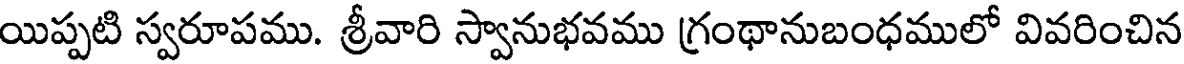
యిప్పటి స్వరూపము. శ్రీవారి స్వానుభవము గ్రంథానుబంధములో వివరించిన